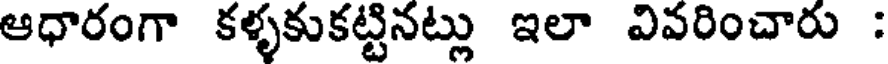
ఆధారంగా కళ్ళకుకట్టినట్లు ఇలా వివరించారు :